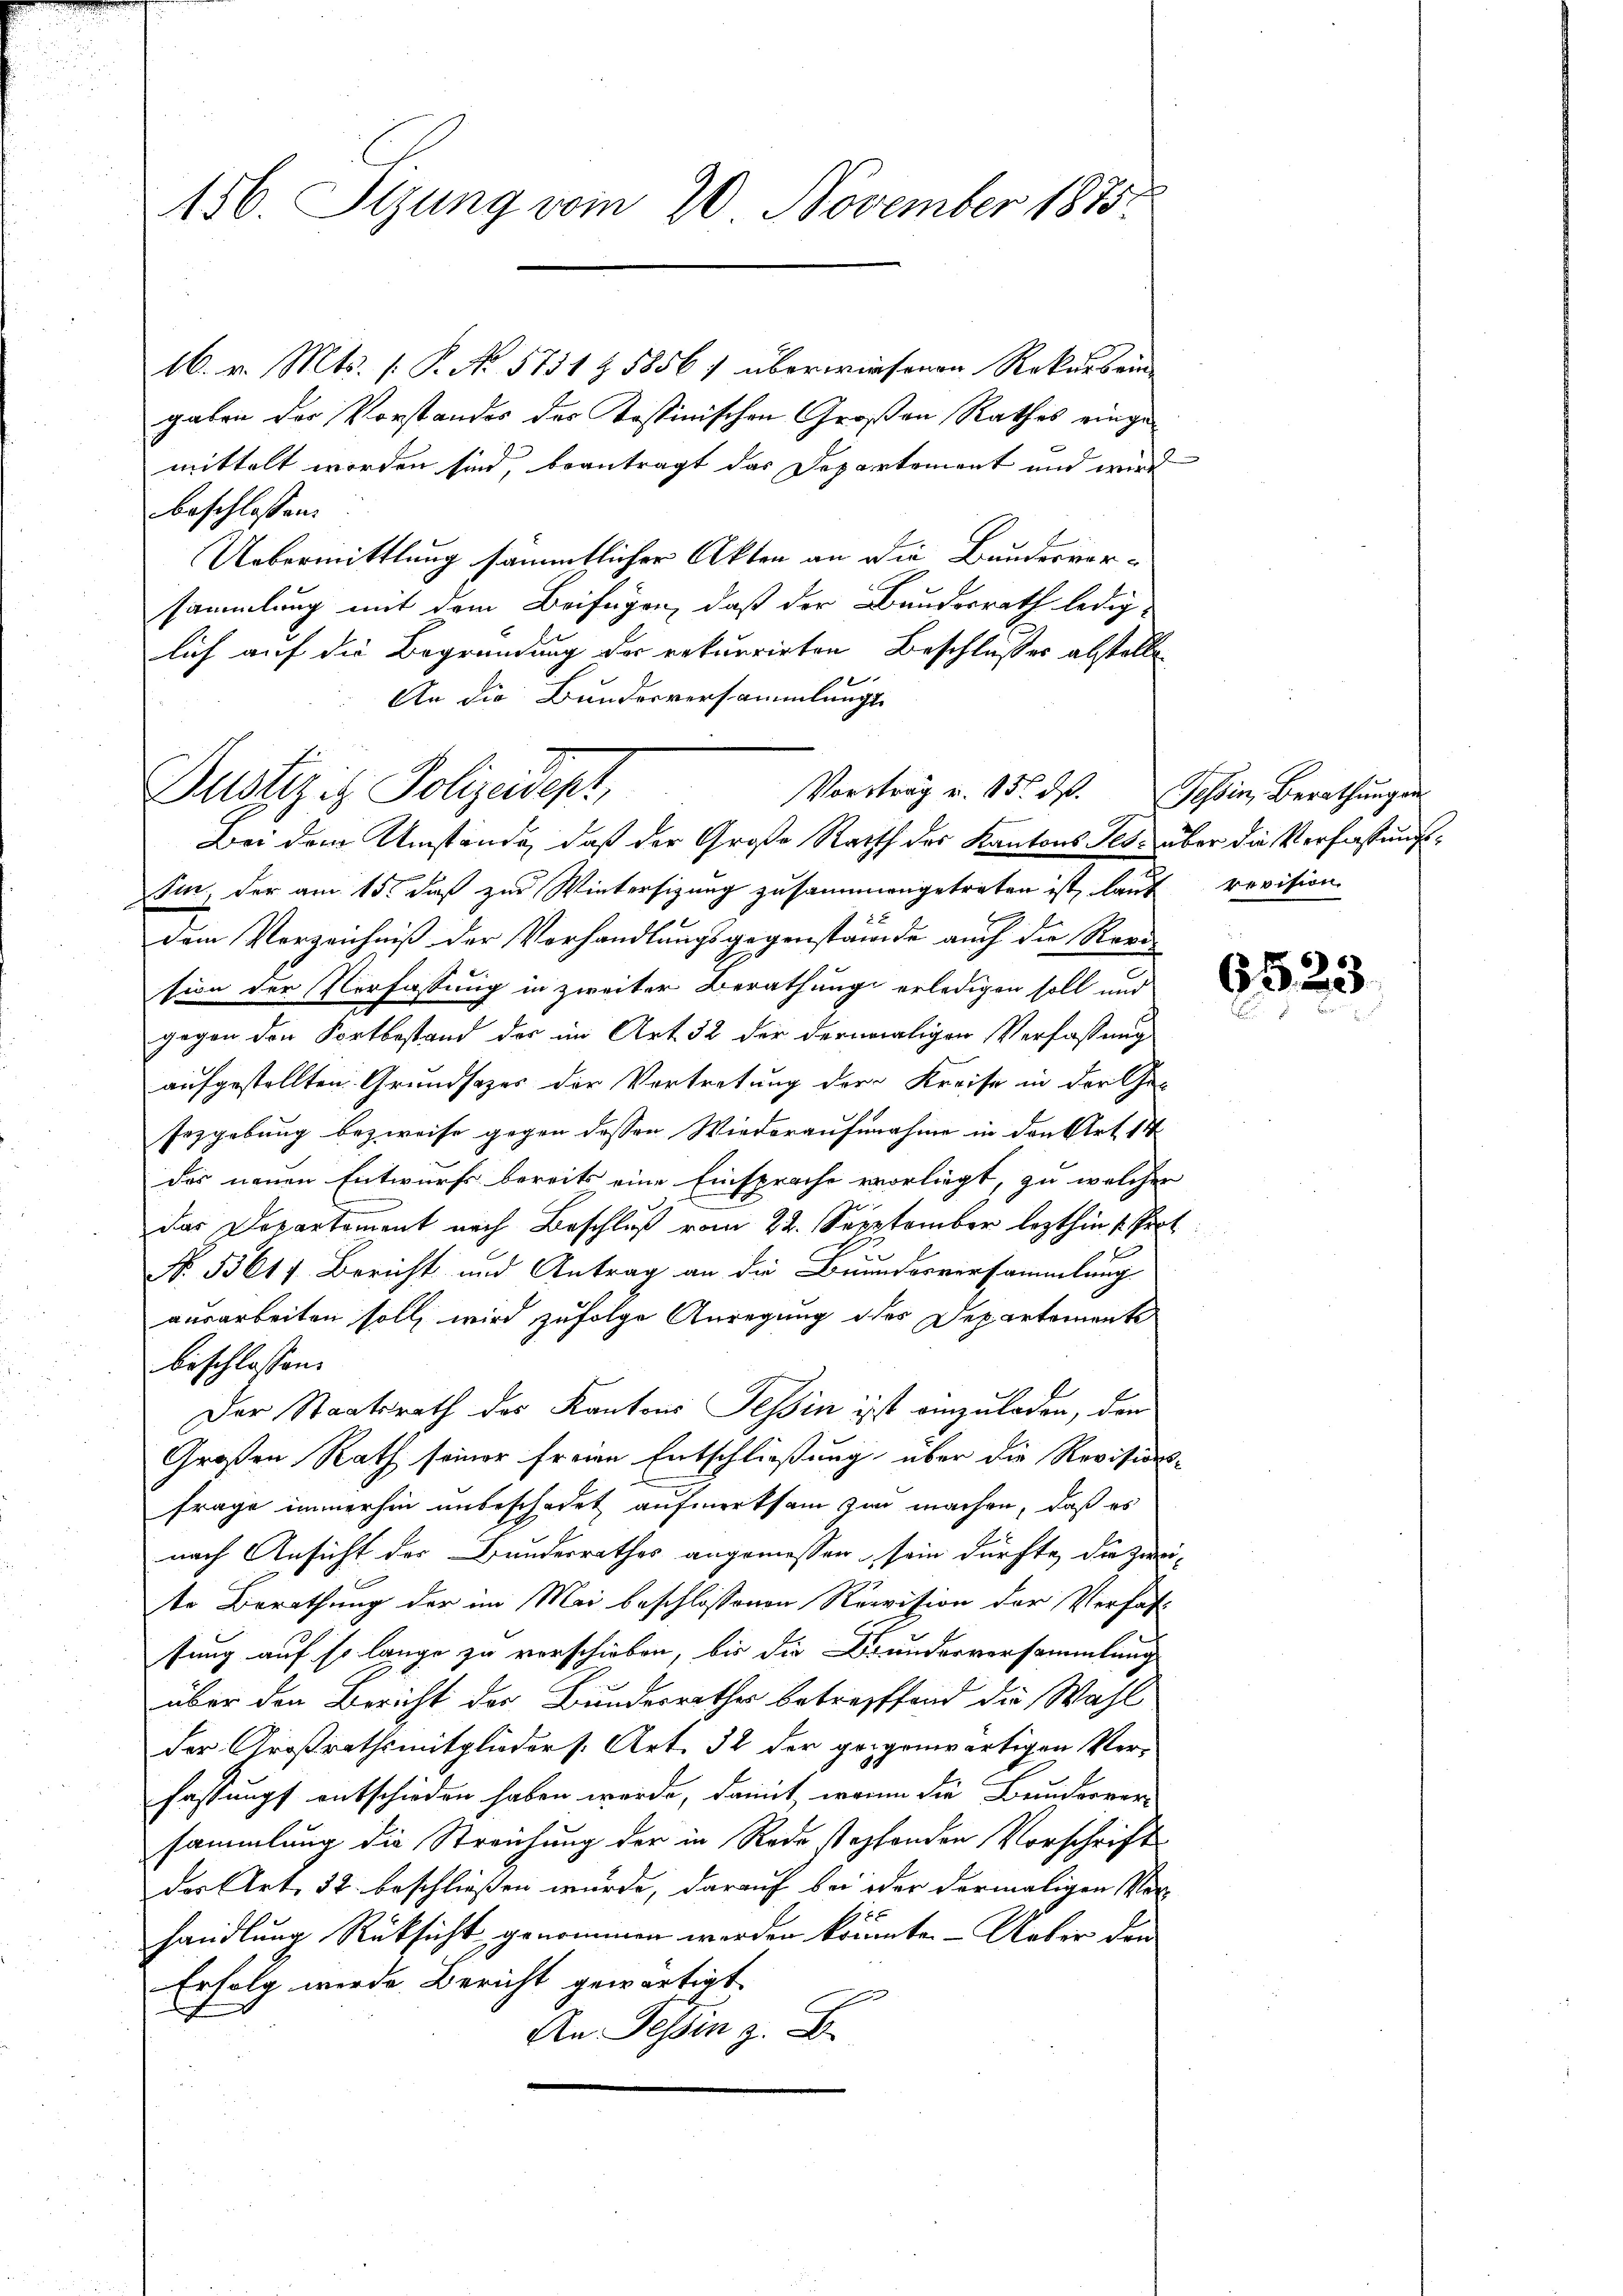
156. Sizung vom 20. November 1875.

16. v. Mts. 1. P. No. 5751 Z 1856 überwiesenen Rekurs ein
gaben der Vorstandes des Kostinischen Großen Rathes eingemittelt worden sind, beantragt das Departement und wird
beschlossen:
Uebermittlung sämmtlicher Akten an die Bundesver-
sammlung mit dem Beifügen, daß der Bundesrath ledig-
lich auf die Begründung der rekurrirten Beschlußes abstelle
An die Bundesversammlungs-

Vortrag u. 15. ds.
Justiz ist Polizeidept,
Bei dem Umstände, daß der Große Rath des Kantons Ges. über die Verfassungs¬

Sin, der am 15t daß zur Wintersigung zusammengetreten ist, laut revision

dem Verzeichniß der Vorhandlungsgegenstande auch die Revision der Verfassung in zweiter Berathung erledigen soll und
gegen den Fortbestand der im Art. 32 der dermaligen Verfaßung
aufgestellten Grundsatzes der Vertretung der Kreise in der Ge-
sezgebung bezweife gegen dessen Wiederaufnahme in den Art 14
des neuen Entwurf bereits eine Einsprache vorliegt, zu welcher
das Departement nach Beschluß vom 22. Sepptember lezthin 1. Prot
No. 55617 Bericht und Antrag an die Beundesversammlung
ausarbeiten soll, wird zufolge Anregung des Departemente
beschlossen.
f
Der Staatsrath des Kantons Tessin isst einzuladen, den
Großen Rath seiner freien Entschließung über die Revisions-
frage immerhin unbeschadet aufmerksam zu machen, daß es
nach Ansicht der Bunderrathes angemessen sein dürfte, die zweite Berathung der im Mai beschlossenen Revision der Verhalt
sung auf so lange zu verschieben, bis die Bunderversammlung
über den Bericht der Bundesrathes betreffend die Wahl
der Großrathsmitglieder s. Art. 32 der gegenwärtigen Verfassungs entschieden haben wurde, damit, wenn die Beunderver-
sammlung die Streichung der in Rede stopfenden Vorschrift
des Art. 32. beschließen wurde, darauf bei oder dermaligen Vor-
1
handlung Rüksicht genommen werden könnte. Ueber den
Erfolg werde Bericht gewärtigt
An Tessin z. B.

Tessin, Berathungen

6523